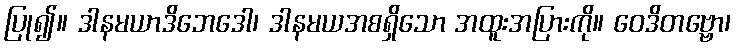
ပြု၍။ ဒါနမယာဒိဘေဒေါ၊ ဒါနမယအစရှိသော အထူးအပြားကို။ ဝေဒိတဗ္ဗော၊